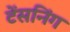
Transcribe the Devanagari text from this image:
टेंसनिंग